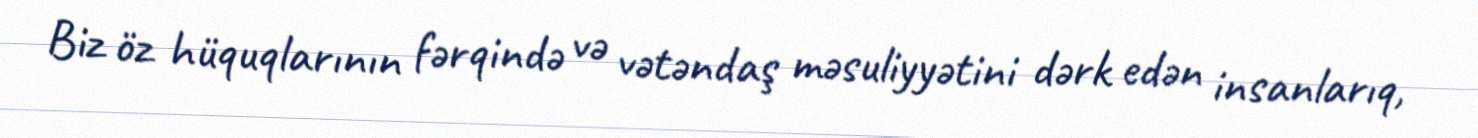
Biz öz hüquqlarının fərqində və vətəndaş məsuliyyətini dərk edən insanlarıq,